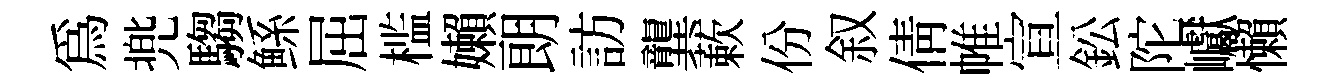
為兠騶鲧屈槛嬾朗訪龔蔌份叙倩帷宣鈆陀巘懶